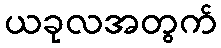
ယခုလအတွက်